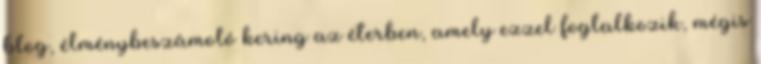
blog, élménybeszámoló kering az éterben, amely ezzel foglalkozik, mégis